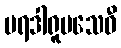
ပရဒါရူပသေဝီ